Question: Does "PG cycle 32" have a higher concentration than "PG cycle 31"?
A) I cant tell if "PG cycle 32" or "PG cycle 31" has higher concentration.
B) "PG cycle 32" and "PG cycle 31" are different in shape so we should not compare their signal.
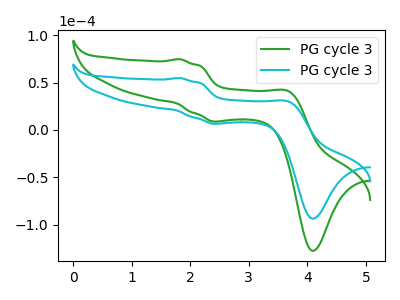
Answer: <think>The green curve "PG cycle 31" has anodic peaks at (1.85V, 74.80uA) (3.70V, 40.55uA) and cathodic peaks at (2.45V, 8.95uA) (4.10V, -127.60uA). The cyan curve "PG cycle 32" has anodic peaks at (1.85V, 54.85uA) (3.70V, 29.75uA) and cathodic peaks at (2.45V, 6.55uA) (4.10V, -93.60uA).
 All the peaks in "PG cycle 32" have a peak in "PG cycle 31" at the same potential.</think>
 <answer>A) I cant tell if "PG cycle 32" or "PG cycle 31" has higher concentration.</answer>
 <eval>A</eval>